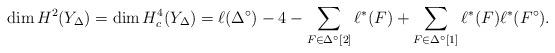
LaTeX: \begin{align*}\dim H^2(Y_\Delta) = \dim H_c^4(Y_\Delta) = \ell(\Delta^\circ)-4 - \sum_{F \in \Delta^\circ[2]} \ell^*(F) + \sum_{F \in \Delta^\circ[1]} \ell^*(F) \ell^*(F^\circ).\end{align*}